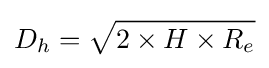
D_{h}={\sqrt {2\times H\times R_{e}}}